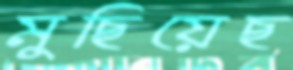
মুছিয়েছ